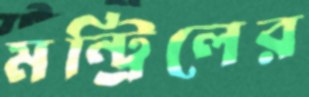
মন্ট্রিলের